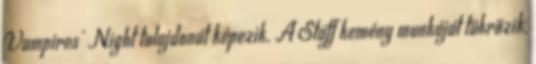
Vampires' Night tulajdonát képezik. A Staff kemény munkáját tükrözik,